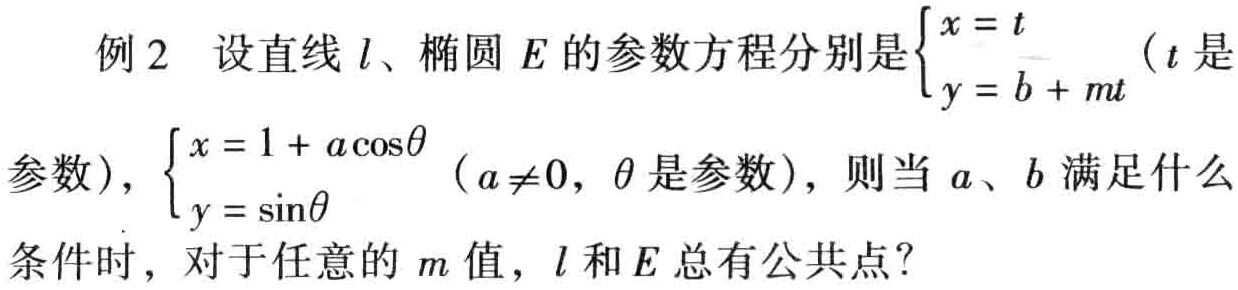
例2 设直线\(l\)、椭圆\(E\)的参数方程分别是\(\begin{cases}x = t \\ y = b + mt\end{cases}\)（\(t\)是参数），\(\begin{cases}x = 1 + a\cos\theta \\ y = \sin\theta\end{cases}\)（\(a\neq0\)，\(\theta\)是参数），则当\(a\)、\(b\)满足什么条件时，对于任意的\(m\)值，\(l\)和\(E\)总有公共点？